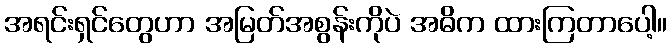
အရင်းရှင်တွေဟာ အမြတ်အစွန်းကိုပဲ အဓိက ထားကြတာပေါ့။